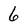
Character: 6